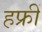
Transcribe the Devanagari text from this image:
हफ्रीं